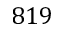
8 1 9